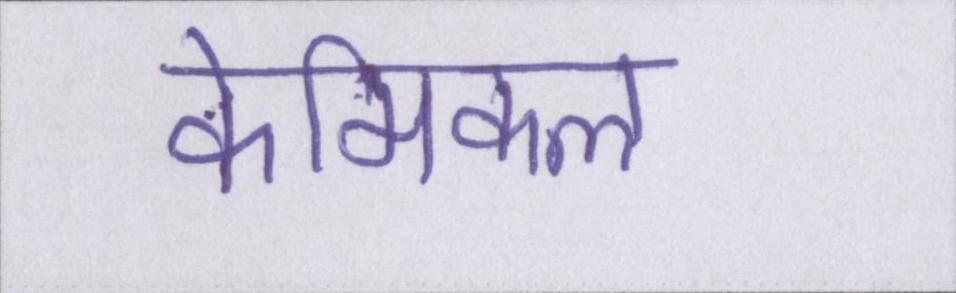
केमिकल